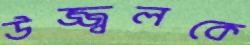
উজ্জ্বলকে